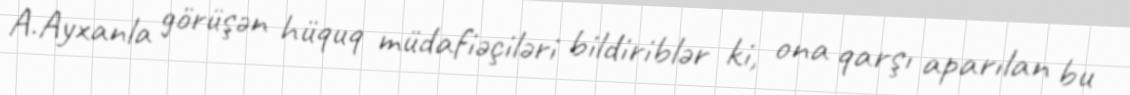
A.Ayxanla görüşən hüquq müdafiəçiləri bildiriblər ki, ona qarşı aparılan bu